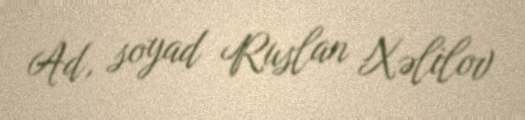
Ad, soyad Ruslan Xəlilov